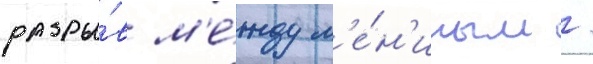
разры́в м'е́жду л'е́н'иным /